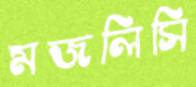
মজলিসি